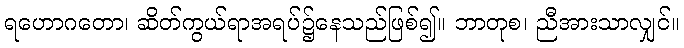
ရဟောဂတော၊ ဆိတ်ကွယ်ရာအရပ်၌နေသည်ဖြစ်၍။ ဘာတုစ၊ ညီအားသာလျှင်။